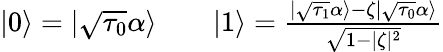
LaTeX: \begin{array}{rlr}{|0\rangle=|\sqrt{\tau_{0}}\alpha\rangle}&{{}}&{|1\rangle=\frac{|\sqrt{\tau_{1}}\alpha\rangle-\zeta|\sqrt{\tau_{0}}\alpha\rangle}{\sqrt{1-|\zeta|^{2}}}}\end{array}